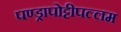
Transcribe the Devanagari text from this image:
पण्ड्रापोट्टीपल्लम